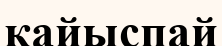
қайыспай